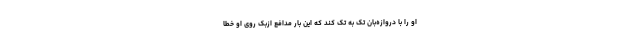
او را با دروازه‌بان تک به تک کند که این بار مدافع ازبک روی او خطا